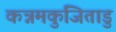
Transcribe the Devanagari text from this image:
कन्नमकुजिताडु